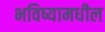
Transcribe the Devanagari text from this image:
भविष्यामधील